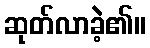
ဆုတ်လာခဲ့၏။